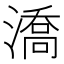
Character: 𣾷